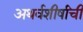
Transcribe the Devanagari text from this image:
अथर्वशीर्षांची